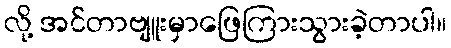
လို့ အင်တာဗျူးမှာဖြေကြားသွားခဲ့တာပါ။